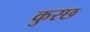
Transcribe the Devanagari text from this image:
कुस्छ